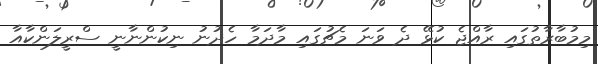
މިމުބާރާތުގައި ރާއްޖެ ކުޅޭ ދެ ވަނަ މެޗުގައި މާދަމާ ހެދުނު ނިކުންނާނީ ސްރީލަންކާއާ